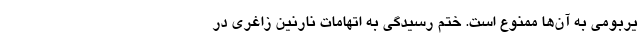
یربومی به آن‌ها ممنوع است. ختم رسیدگی به اتهامات نارنین زاغری در